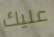
عليك